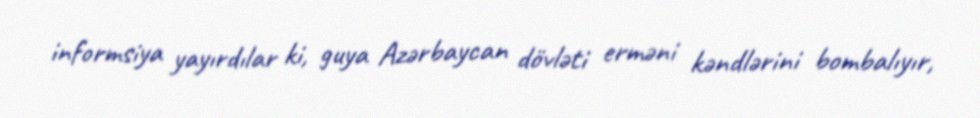
informsiya yayırdılar ki, guya Azərbaycan dövləti erməni kəndlərini bombalıyır,